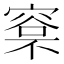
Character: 𣘏